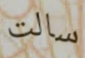
سالت